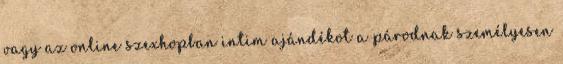
vagy az online szexhopban intim ajándékot a párodnak személyesen